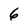
Character: 6